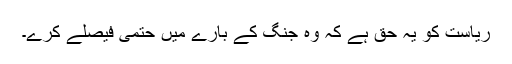
ریاست کو یہ حق ہے کہ وہ جنگ کے بارے میں حتمی فیصلے کرے۔